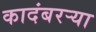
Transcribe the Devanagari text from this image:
कादंबरऱ्या